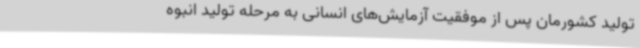
تولید کشورمان پس از موفقیت آزمایش‌های انسانی به مرحله تولید انبوه